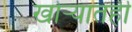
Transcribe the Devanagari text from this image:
खोर्‍यातही